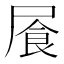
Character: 䬤